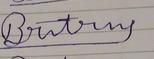
Signature authenticity: forged